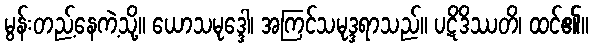
မွန်းတည့်နေကဲ့သို့။ ယောသမုဒ္ဒေါ၊ အကြင်သမုဒ္ဒရာသည်။ ပဋိဒိဿတိ၊ ထင်၏။